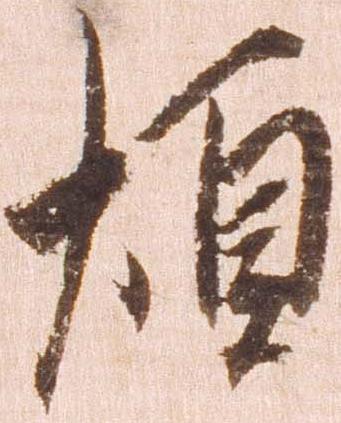
煩